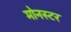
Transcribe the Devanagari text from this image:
मोनस्टर